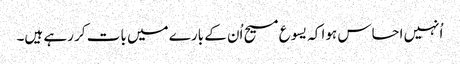
‏ اُنہیں احساس ہوا کہ یسوع مسیح اُن کے بارے میں بات کر رہے ہیں۔